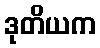
ဒုတိယက